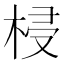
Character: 梫